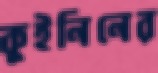
কুইনিনের